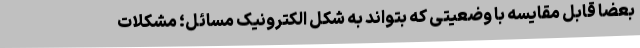
بعضا قابل مقایسه با وضعیتی که بتواند به شکل الکترونیک مسائل؛ مشکلات